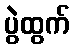
ပွဲထွက်